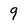
Character: 9